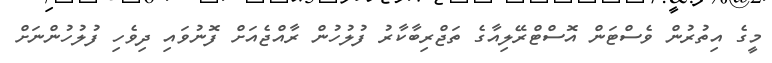
މީގެ އިތުރުން ވެސްޓަން އޮސްޓްރޭލިއާގެ ތަޖްރިބާކާރު ފުލުހުން ރާއްޖެއަށް ފޮނުވައި ދިވެހި ފުލުހުންނަށް